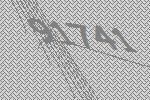
91741